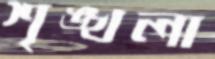
শৃঙ্খলা